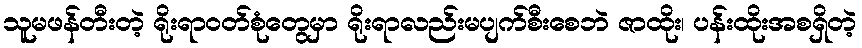
သူမဖန်တီးတဲ့ ရိုးရာဝတ်စုံတွေမှာ ရိုးရာလည်းမပျက်စီးစေဘဲ ဇာထိုး၊ ပန်းထိုးအစရှိတဲ့